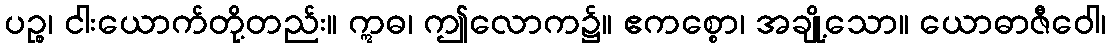
ပဉ္စ၊ ငါးယောက်တို့တည်း။ ဣဓ၊ ဤလောက၌။ ဧကစ္စော၊ အချို့သော။ ယောဓာဇီဝေါ၊